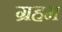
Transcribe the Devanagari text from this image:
ग्रहम